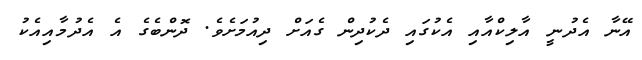
އޭނާ އެދުނީ އާލިކްއާއި އެކުގައި ދެކުދިން ގެއަށް ދިއުމަށެވެ. ދޮންބެގެ އެ އެދުމާއިއެކު